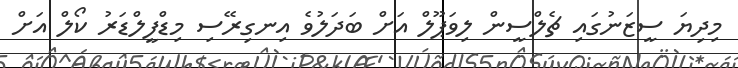
މިދިޔަ ސީޒަނުގައި ޗެލްސީން ލިވަޕޫލް އަށް ބަދަލުވެ އިނގިރޭސި މިޑްފީލްޑަރު ކޯލް އަށް